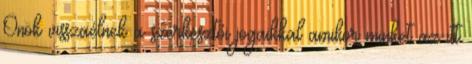
Önök visszaélnek a szerkesztői jogaikkal amikor minket az itt